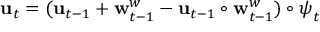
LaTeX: \mathbf { u } _ { t } = ( \mathbf { u } _ { t - 1 } + \mathbf { w } _ { t - 1 } ^ { w } - \mathbf { u } _ { t - 1 } \circ \mathbf { w } _ { t - 1 } ^ { w } ) \circ { \boldsymbol { \psi } } _ { t }